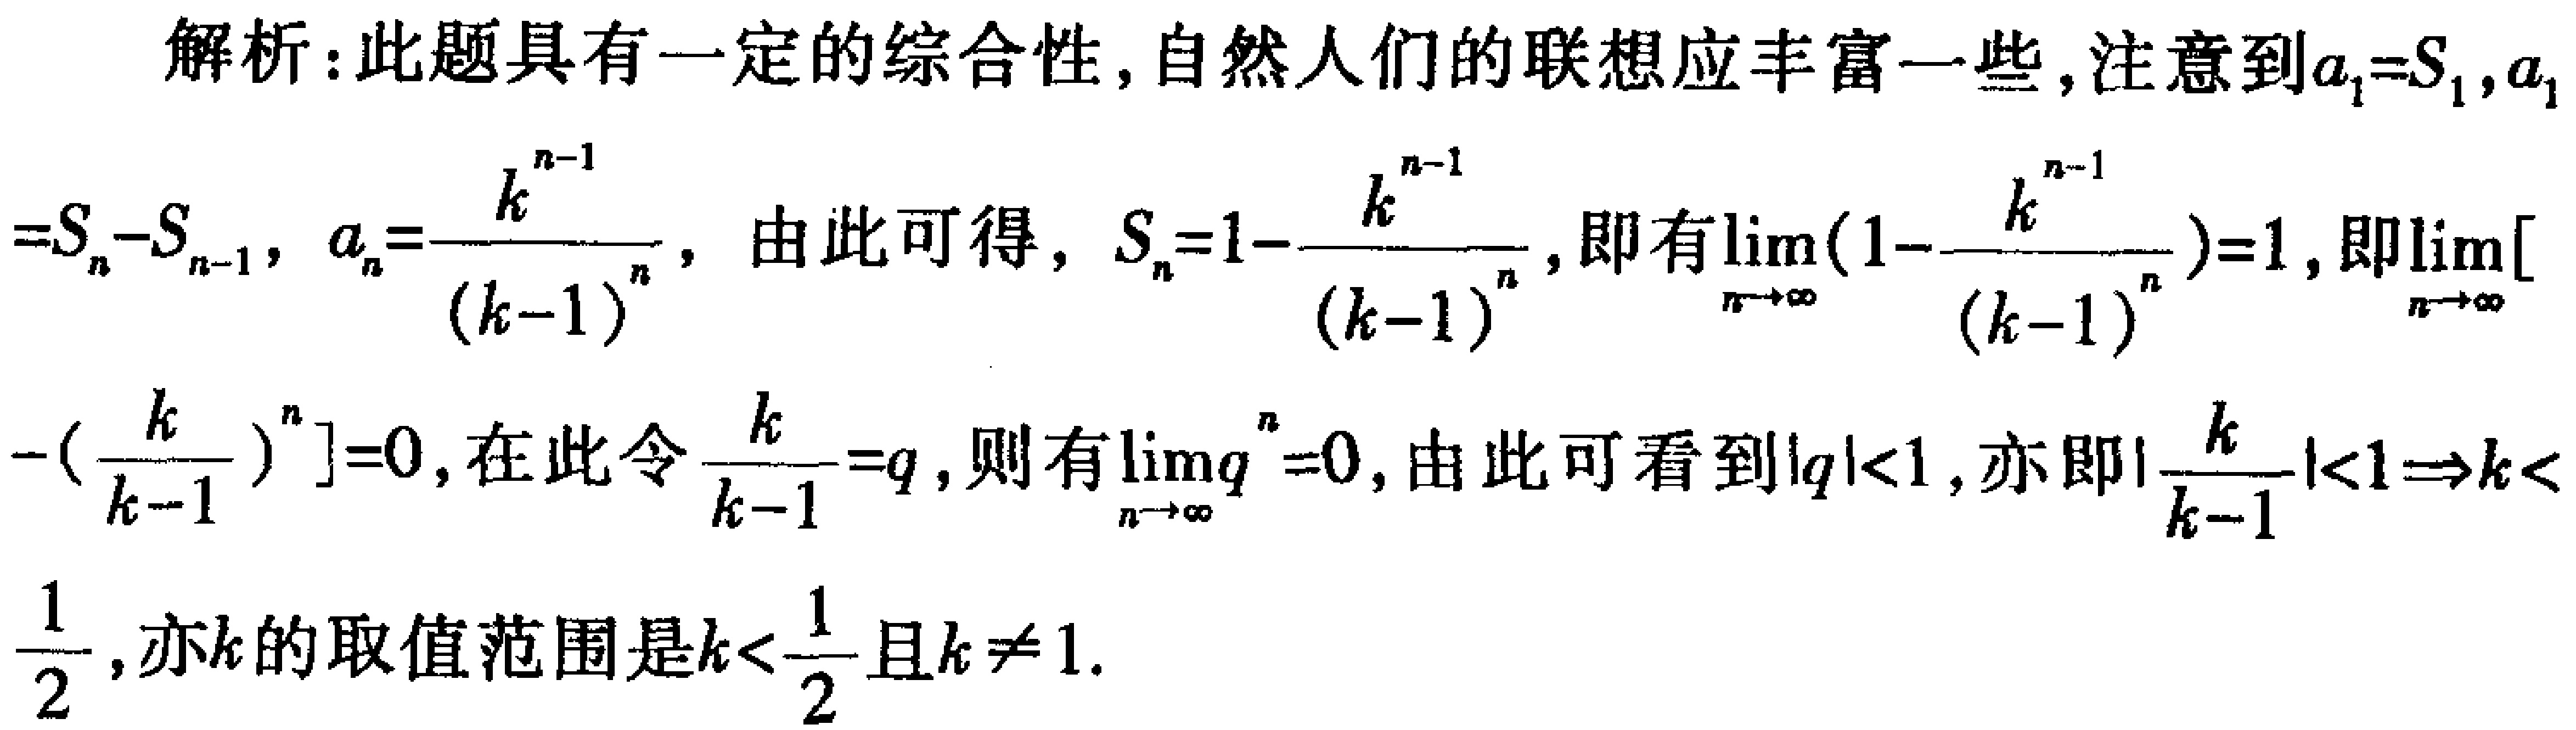
解析：此题具有一定的综合性,自然人们的联想应丰富一些,注意到\(a_{1}=S_{1},a_{1}\)
\(=S_{n}-S_{n - 1},\ a_{n}=\frac{k^{n - 1}}{(k - 1)^{n}}\), 由此可得, \(S_{n}=1-\frac{k^{n - 1}}{(k - 1)^{n}}\),即有\(\lim\limits_{n\rightarrow\infty}(1-\frac{k^{n - 1}}{(k - 1)^{n}})=1\),即\(\lim\limits_{n\rightarrow\infty}[
-(\frac{k}{k - 1})^{n}]=0\),在此令\(\frac{k}{k - 1}=q\),则有\(\lim\limits_{n\rightarrow\infty}q^{n}=0\),由此可看到\(\vert q\vert<1\),亦即\(\vert\frac{k}{k - 1}\vert<1\Rightarrow k<\frac{1}{2}\),亦\(k\)的取值范围是\(k<\frac{1}{2}\)且\(k\neq1\).